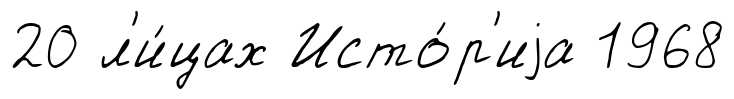
20 л'и́цах Исто́р'иjа 1968